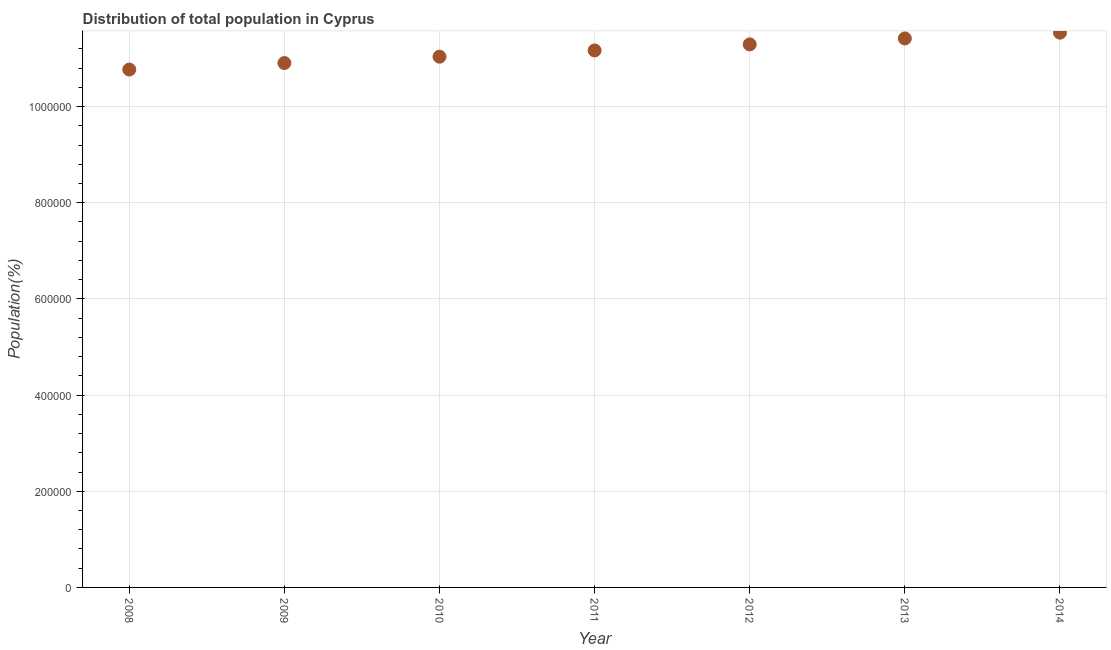
| Year | Total |
 | --- | --- |
 | 2008 | 1.08e+06 |
 | 2009 | 1.09e+06 |
 | 2010 | 1.1e+06 |
 | 2011 | 1.12e+06 |
 | 2012 | 1.13e+06 |
 | 2013 | 1.14e+06 |
 | 2014 | 1.15e+06 |